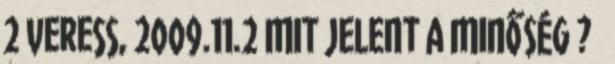
2 Veress, 2009.11.2 MIT JELENT A MINŐSÉG ? 